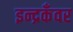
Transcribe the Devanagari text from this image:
इन्द्रकँवर